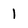
Character: I